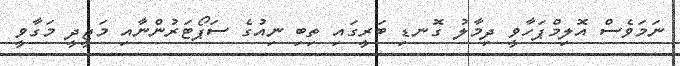
ނަމަވެސް އޮލިމްޕަހާވީ ދިމާލު ގޮނޑި ބަރީގައި ތިބި ނިއުގެ ސަޕޯޓަރުންނާއި މަޖީދީ މަގާވީ